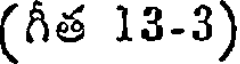
(గీత 13-3)